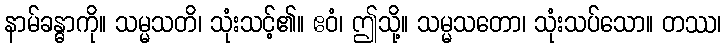
နာမ်ခန္ဓာကို။ သမ္မသတိ၊ သုံးသင့်၏။ ဧဝံ၊ ဤသို့။ သမ္မသတော၊ သုံးသပ်သော။ တဿ၊